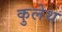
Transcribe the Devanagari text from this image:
कुलेथ